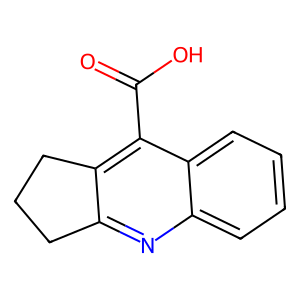
SMILES: O=C(O)c1c2c(nc3ccccc13)CCC2
Inhibits HIV replication: No